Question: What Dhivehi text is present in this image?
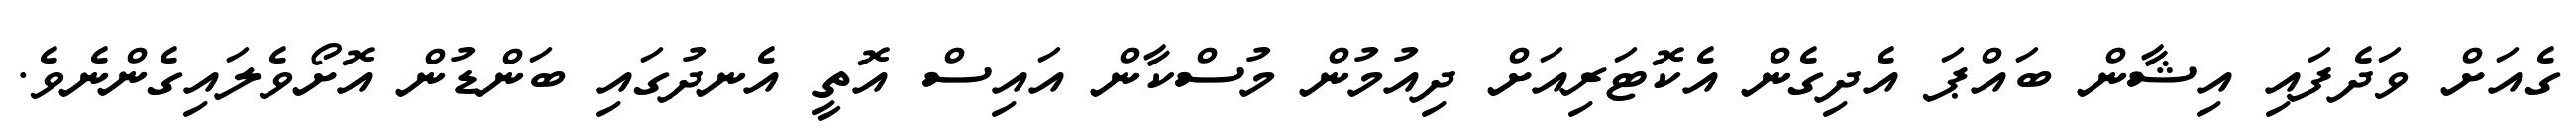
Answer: ގެއަށް ވަދެފައި އިޝާން ބައްޕަ އެދިގެން އެކޮޓަރިއަށް ދިއުމުން މުސްކާން އައިސް އޮތީ އެނދުގައި ބަންޑުން އޮށޯވެލައިގެންނެވެ.